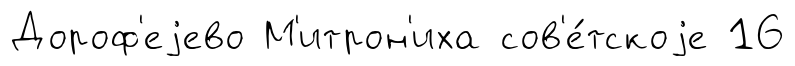
Дороф'еjево М'итрон'иха сов'е́тскоjе 16